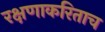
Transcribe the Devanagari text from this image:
रक्षणाकरिताच